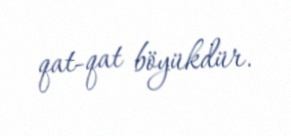
qat-qat böyükdür.